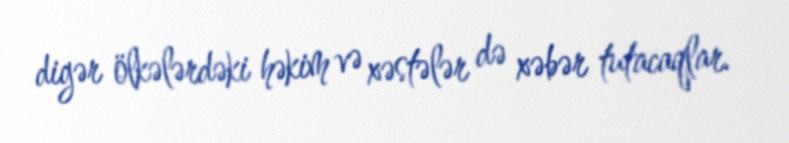
digər ölkələrdəki həkim və xəstələr də xəbər tutacaqlar.